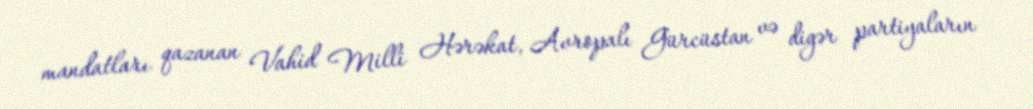
mandatları qazanan Vahid Milli Hərəkat, Avropalı Gürcüstan və digər partiyaların